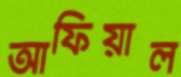
আফিয়াল